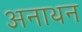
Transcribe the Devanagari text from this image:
अनाथन